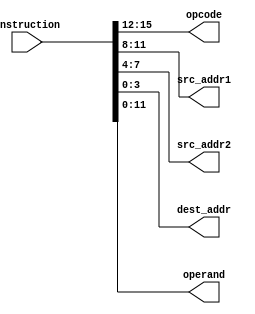
module Decode(
    input [15:0] instruction,
    output reg [3:0] opcode,
    output reg [3:0] src_addr1,
    output reg [3:0] src_addr2,
    output reg [3:0] dest_addr,
    output reg [11:0] operand
);
    always @(*) begin
        opcode = instruction[15:12];
        src_addr1 = instruction[11:8];
        src_addr2 = instruction[7:4];
        dest_addr = instruction[3:0];
        operand = instruction[11:0];
    end
endmodule